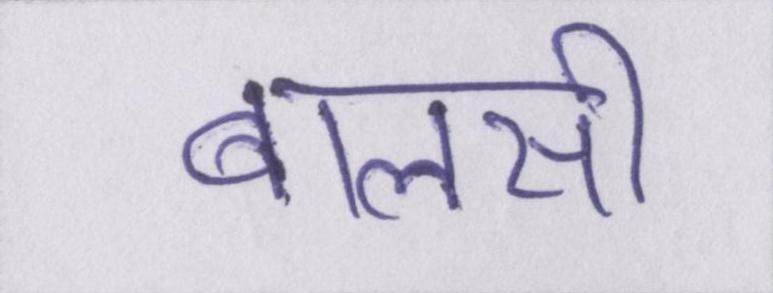
बालसी